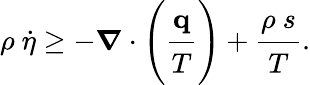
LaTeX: \rho~{\dot{\eta}}\geq-{\boldsymbol{\nabla}}\cdot\left({\cfrac{\mathbf{q}}{T}}\right)+{\cfrac{\rho~s}{T}}.